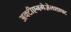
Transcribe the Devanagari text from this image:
अक्टीएनगेज़ेलशाफ्ट